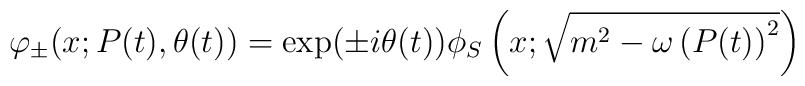
\varphi_{\pm}(x;P(t),\theta(t))= \exp(\pm i\theta(t))\phi_{S}\left(x;\sqrt{m^{2}-\omega\left(P(t)\right)^{2}}\right)